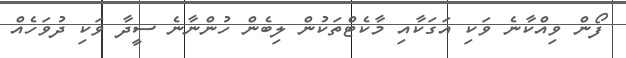
ފޯން ވިއްކާނެ ވަކި އަގަކާއި މާކެޓްތަކުން ލިބެން ހުންނާނެ ސީދާ ވަކި ދުވަހެއް